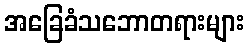
အခြေခံသဘောတရားများ